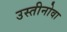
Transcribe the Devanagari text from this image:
उस्तीनोवा